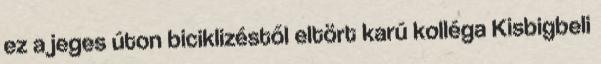
ez a jeges úton biciklizéstől eltört karú kolléga Kisbigbeli